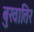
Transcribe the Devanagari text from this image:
बुखातिर